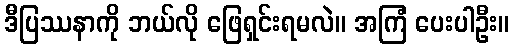
ဒီပြဿနာကို ဘယ်လို ဖြေရှင်းရမလဲ။ အကြံ ပေးပါဦး။